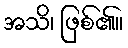
အသိ၊ ဖြစ်၏။